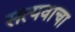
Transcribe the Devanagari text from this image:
सत्यवाचा